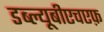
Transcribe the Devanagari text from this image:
डब्ल्यूबीएचएफ़